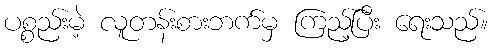
ပစ္စည်းမဲ့ လူတန်းစားဘက်မှ ကြည့်ပြီး ရေးသည်။